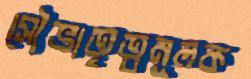
সৌভ্রাতৃত্বমূলক